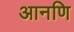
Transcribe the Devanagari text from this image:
आनणि